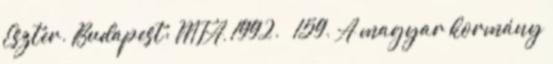
Eszter. Budapest: MTA, 1992. – 159. A magyar kormány